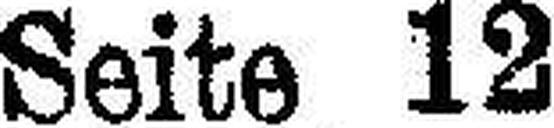
Seite 12